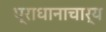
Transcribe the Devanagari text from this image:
प्राधानाचार्य